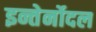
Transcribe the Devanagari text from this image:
इन्तेर्नोदल